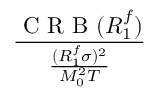
\frac { \mathrm { ~ C ~ R ~ B ~ } ( R _ { 1 } ^ { f } ) } { \frac { ( R _ { 1 } ^ { f } \sigma ) ^ { 2 } } { M _ { 0 } ^ { 2 } T } }